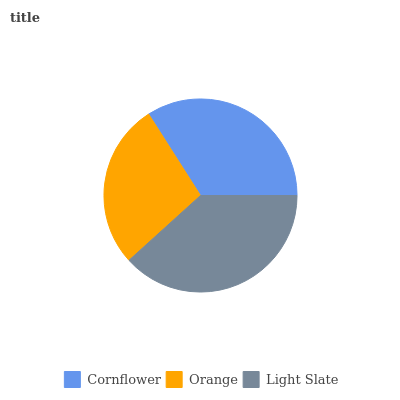
| Cornflower | Orange | Light Slate |
 | --- | --- | --- |
 | 34% | 27.7% | 38.3% |